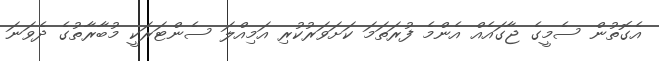
އެގޮތުން ސެމީގެ ޖާގައެއް އެންމެ ފުރަތަމަ ކަށަވަރުކުރި އަމިއްލަ ސެންޓަރަކީ މުބާރާތުގެ ދެވަނަ